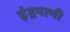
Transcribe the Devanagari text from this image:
इंद्रपत्‍नी